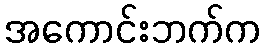
အကောင်းဘက်က